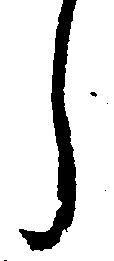
し